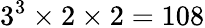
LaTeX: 3^{3}\times 2\times 2=108